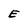
Character: E